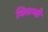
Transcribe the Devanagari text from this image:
विलम्बी